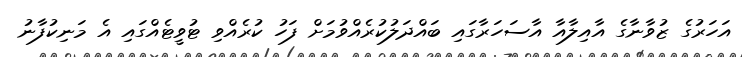
އަހަރުގެ ޒުވާނާގެ އާއިލާއާ އާސަހަރާގައި ބައްދަލުކުރެއްވުމަށް ފަހު ކުރެއްވި ޓުވީޓެއްގައި އެ މަނިކުފާނު